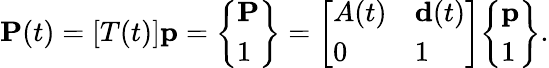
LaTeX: {\textbf{P}}(t)=[T(t)]{\textbf{p}}={\left\{ \begin{array}{l}{{\textbf{P}}}\\ {1}\end{array}\right\} }={\left[\begin{array}{ll}{A(t)}&{{\textbf{d}}(t)}\\ {0}&{1}\end{array}\right]}{\left\{ \begin{array}{l}{{\textbf{p}}}\\ {1}\end{array}\right\} }.